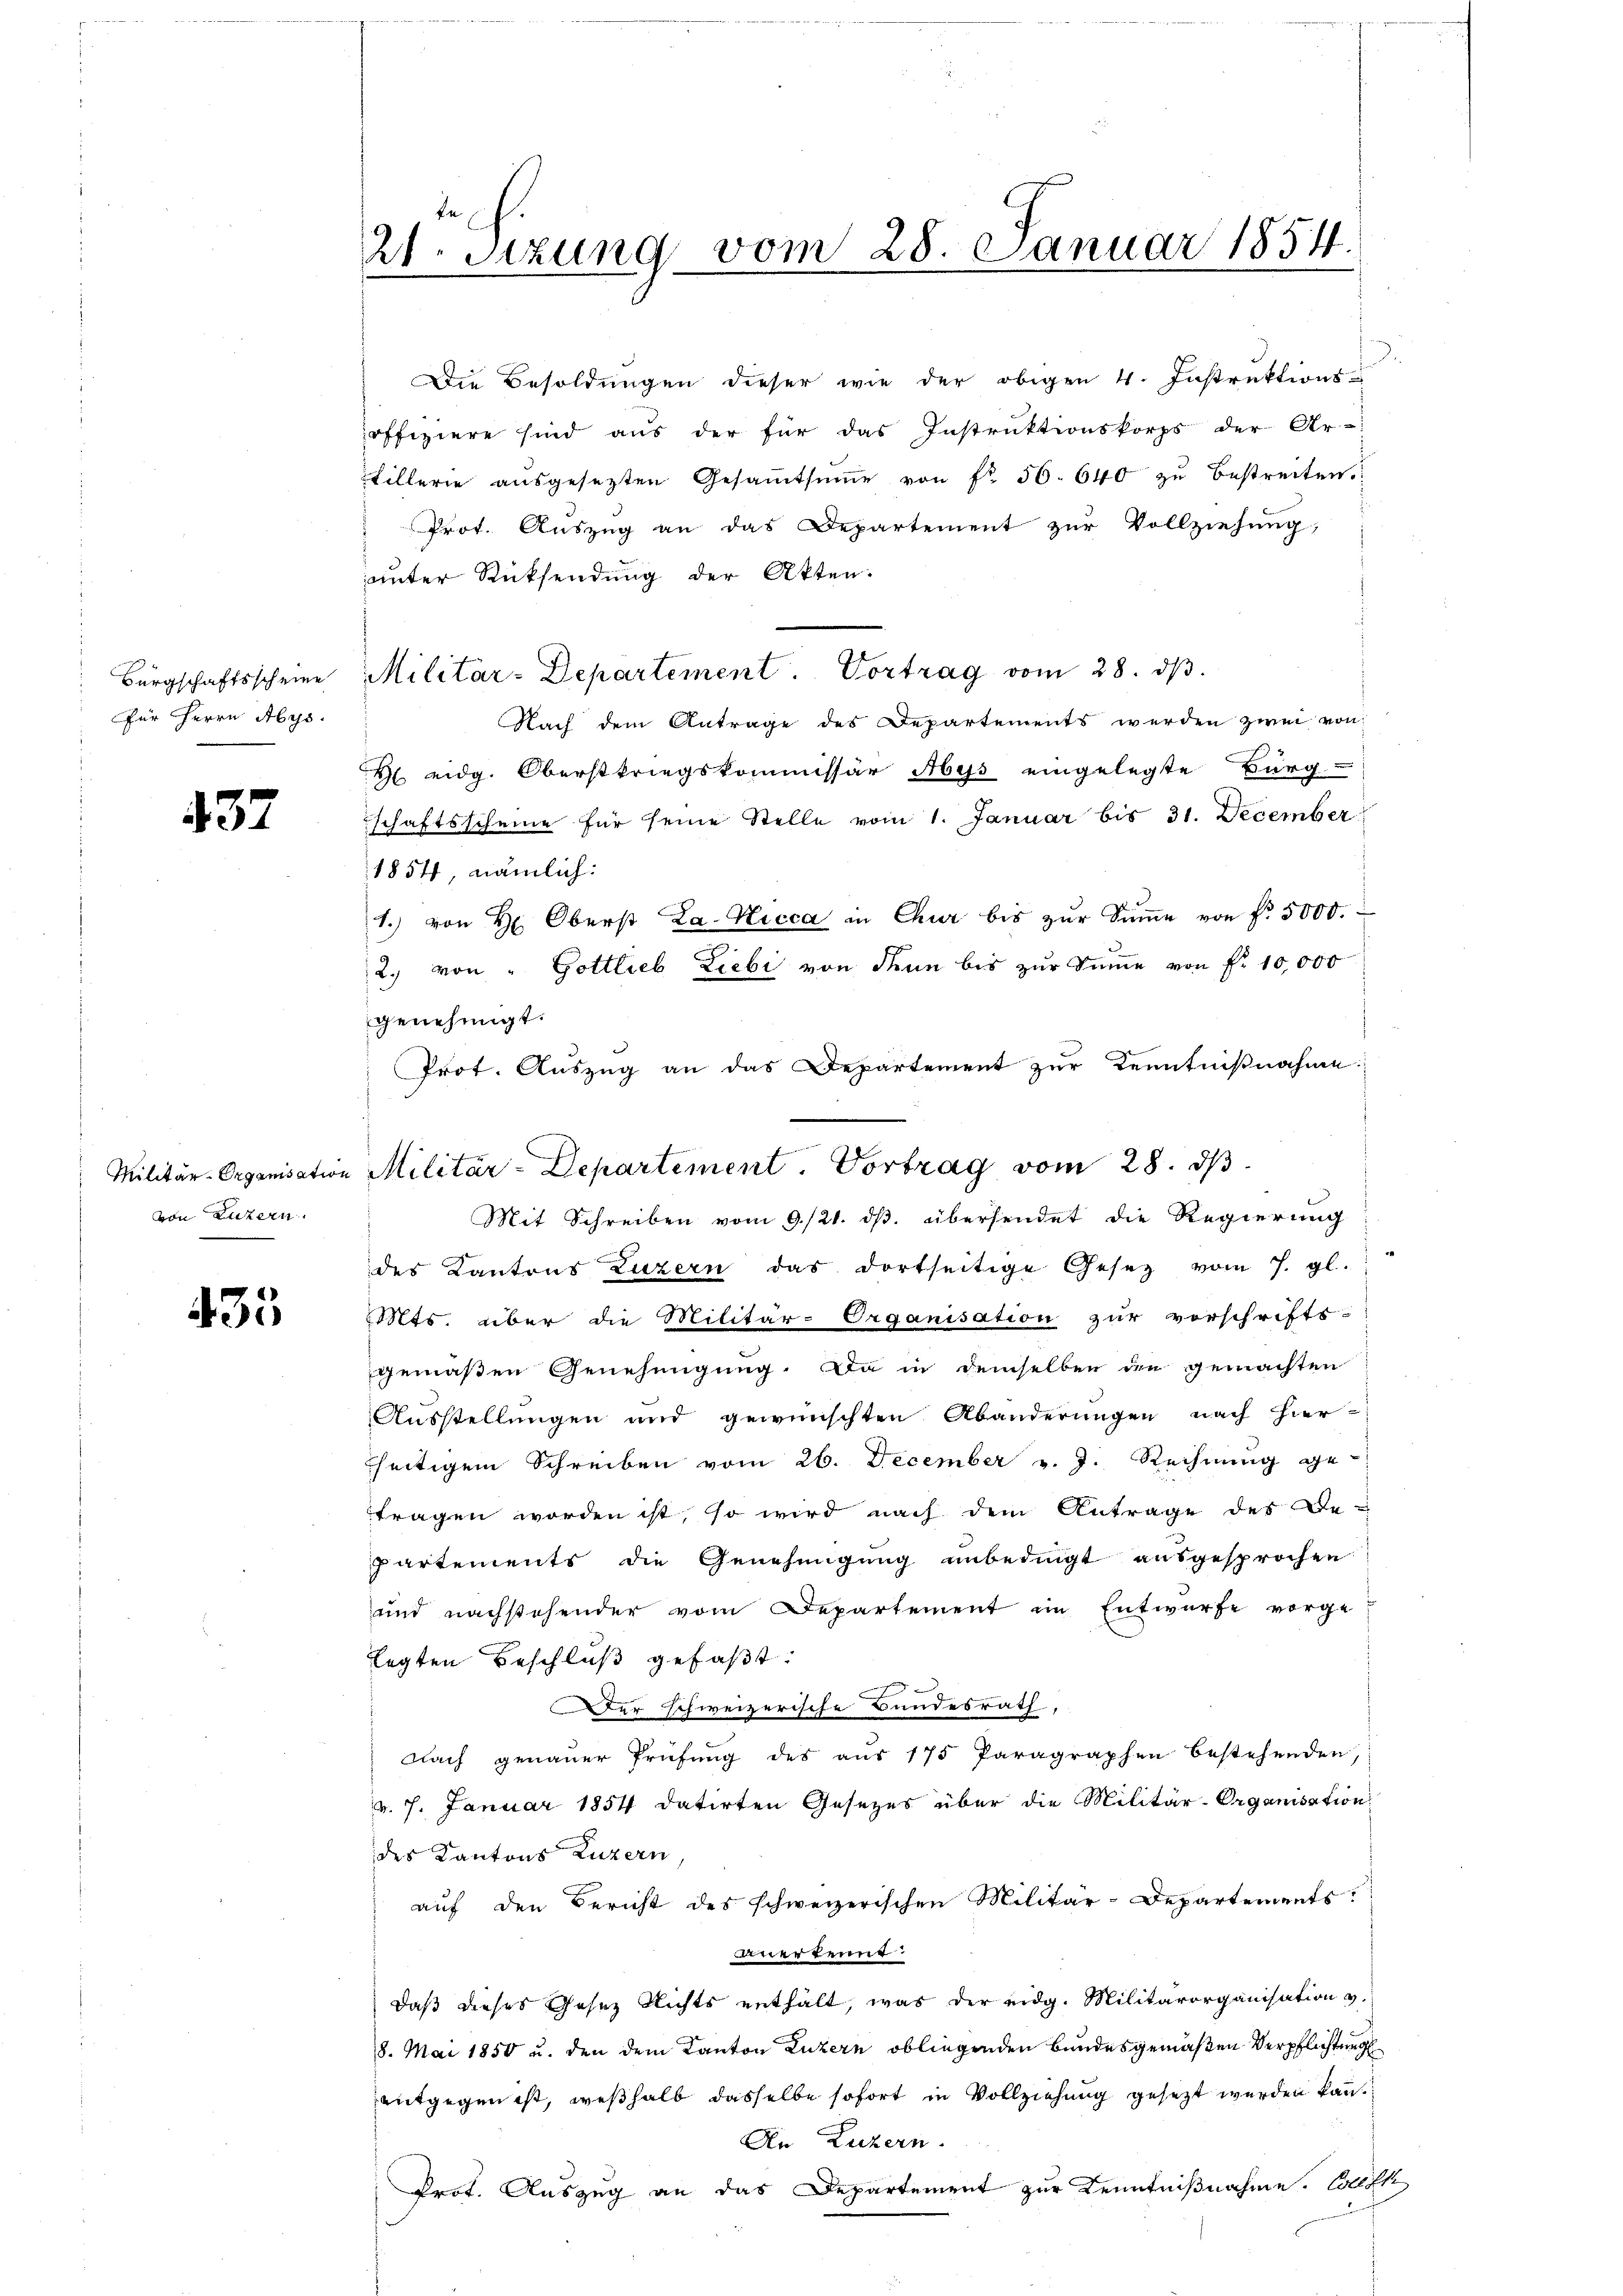
Bürgschaftsscheine
für Herrn Abys.

432

von Luzern.

435

Die Besoldungen dieser wie der obigen 4. Instruktions-
offiziere sind aus der für das Instruktionskorps der Ar-
fillerie aŭsgesezten Gesamtsŭṁe von fr. 56. 640 zŭ bestreiten.
Prot. Auszug an das Departement zur Vollziehung,
unter Rücksendung der Akten.
Militar-Departement. Vortrag vom 28. dβ.
Nach dem Antrage des Departements werden zwei von
X eidg. Oberstkriegskommissär Aess eingelegte Burg-
schaftsscheine für seine Stelle vom 1. Januar bis 31. December
1854 nämlich:
1.) von H. Oberst La-Nicca in Chur bis zŭr Sŭṁe von fr. 5000.
2. von " Gottlieb Liebi von denn bis zur Summe von Fr. 10,000
genehmigt.
Prot. Auszug an das Departement zur Kenntnißnahme
Mit Schreiben vom 9./21. ds. übersendet die Regierung
des Kantons Luzern das dortseitige Gesetz vom 7. gl.
Mts. über die Militär-Organisation zur vorschrifts-
gemäßen Genehmigung. Da in demselben den gemachten
Ausstellungen und gewünschten Abänderungen nach hier-
seitigem Schreiben vom 26. December v. J. Rechnung ge-
ttragen worden ist, so wird nach dem Antrage des Bepartements die Genehmigung unbedingt ausgesprochen
und nachstehender vom Departement im Entwurfe vorgelegten Beschluß gefaßt:
Der schweizerische Bundesrath,
Nach genauer Prüfung des aus 175 Paragraphen bestehenden,
v. 7. Januar 1854 datirten Gesezes über die Militär-Organisation
des Kantons Luzern
auf den Bericht des schweizerischen Militär-Departements
nerkennt:
daß dieses Gesez Richts enthält, was der eidg. Militärorganisation v.
8. Mai 1850 u. den dem Kanton Luzern obliegenden Bundesgemäßen Verpflichtung
entgegen ist, weßhalb dasselbe sofort in Vollziehung gesezt werden kann
An Luzern.
Prot. Auszug an das Departement zur Kenntnißnahme. Collek

21. Sizung vom 28. Januar 1854.

Militär-Organisation Militär-Departement. Vortrag vom 28. ds.